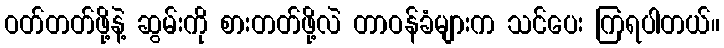
ဝတ်တတ်ဖို့နဲ့ ဆွမ်းကို စားတတ်ဖို့လဲ တာဝန်ခံများက သင်ပေး ကြရပါတယ်။